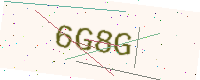
Text: 6G8G